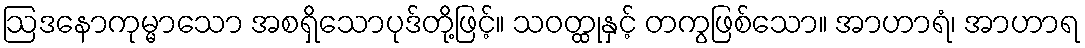
ဩဒနောကုမ္မာသော အစရှိသောပုဒ်တို့ဖြင့်။ သဝတ္ထုနှင့် တကွဖြစ်သော။ အာဟာရံ၊ အာဟာရ